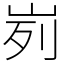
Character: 峛